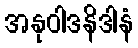
အနုဝါဒနိဒါနံ